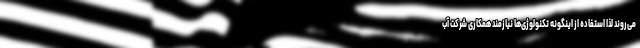
می‌روند لذا استفاده از اینگونه تکنولوژی‌ها نیازمند همکاری شرکت آب